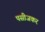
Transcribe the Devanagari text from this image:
पसीजकर